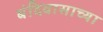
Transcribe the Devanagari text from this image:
बंदिवासाच्या